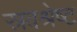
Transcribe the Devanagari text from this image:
स्रवश्रेष्ट